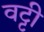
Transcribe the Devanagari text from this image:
वट्टी